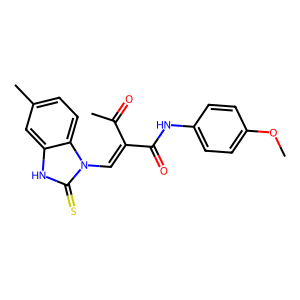
SMILES: COc1ccc(NC(=O)C(=Cn2c(=S)[nH]c3cc(C)ccc32)C(C)=O)cc1
Inhibits HIV replication: No